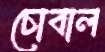
চোবাল